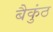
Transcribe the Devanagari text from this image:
बैकुंठ